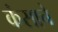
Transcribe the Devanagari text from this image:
कंसाचे